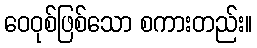
ဝေဝုစ်ဖြစ်သော စကားတည်း။